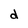
Character: d